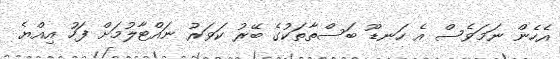
އެހެން ނަމަވެސް އެ ހަނޑޫ ބަސްތާތަކުގެ ބޭރު ކަވަރު ނައްޓާލުމަށް ފަހު އިއްޔެ